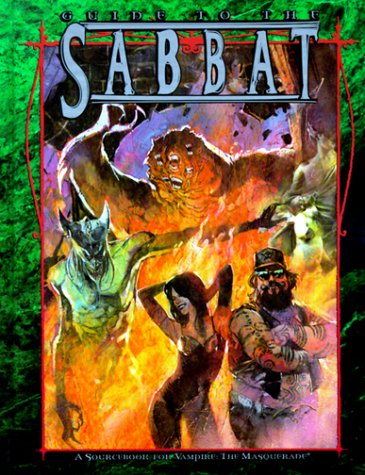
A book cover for Guide to the Sabbat: A Sourcebook for Vampire the Masquerade; W. Bourne; Science Fiction & Fantasy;